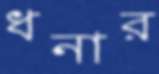
ধনার